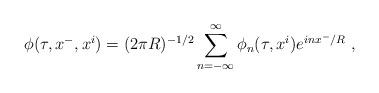
LaTeX: \begin{align*}\phi(\tau,x^-,x^i) = (2\pi R)^{-1/2} \sum_{n=-\infty}^\infty\phi_n(\tau,x^i) e^{i n x^-/R}\ ,\end{align*}